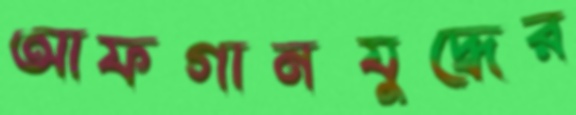
আফগানযুদ্ধের